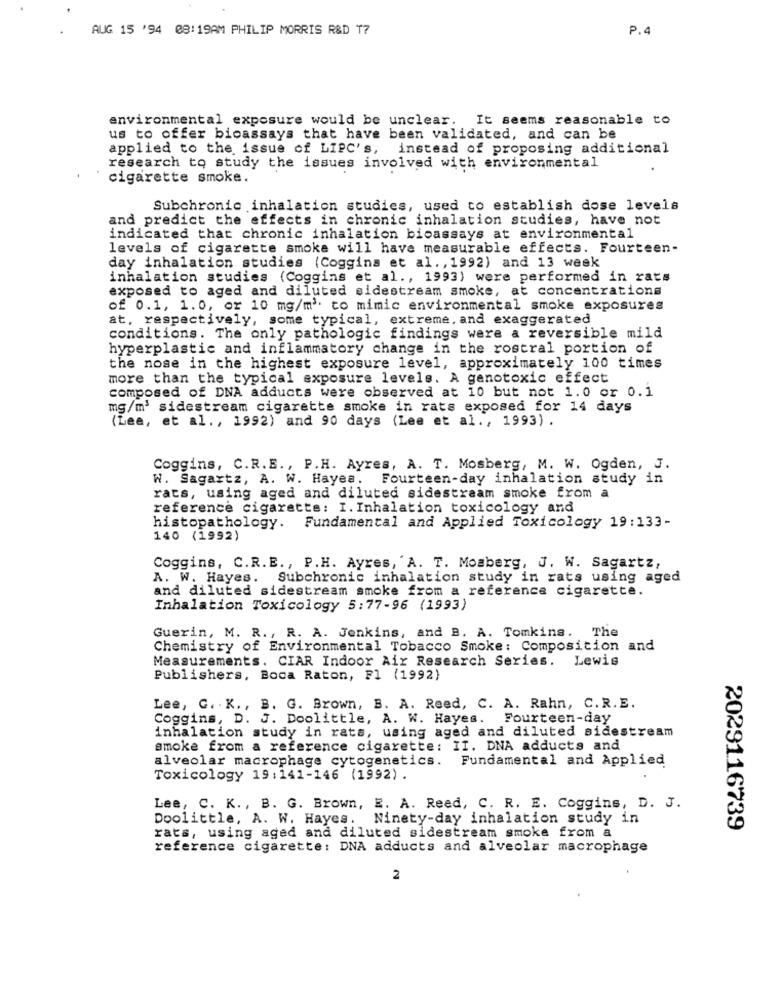
AUG 15 '94 08:19AM PHILIP MORRIS R&D T7
P.4
environmental exposure would be unclear. It seems reasonable to
us to offer bicassays that have been validated, and can be
applied to the issue of LIPC's, instead of proposing additional
research to study the issues involved with environmental
cigarette smoke.
Subchronic inhalation studies, used to establish dose levels
and predict the effects in chronic inhalation studies, have not
indicated that chronic inhalation bioassays at environmental
levels of cigarette smoke will have measurable effects. Fourteen-
day inhalation studies (Coggins et al ., 1992) and 13 week
inhalation studies (Coggins et al ., 1993) were performed in rats
exposed to aged and diluted sidestream smoke, at concentrations
of 0.1, 1.0, or 10 mg/m3 to mimic environmental smoke exposures
at, respectively, some typical, extreme, and exaggerated
conditions. The only pathologic findings were a reversible mild
hyperplastic and inflammatory change in the rostral portion of
the nose in the highest exposure level, approximately 100 times
more than the typical exposure levels. A genotoxic effect
composed of DNA adducts were observed at 10 but not 1.0 or 0.1
mg/m' sidestream cigarette smoke in rats exposed for 14 days
(Lee, et al ., 1992) and 90 days (Lee et al ., 1993).
Coggins, C.R.B ., P.H. Ayres, A. T. Mosberg, M. W. Ogden, J.
W. Sagartz, A. W. Hayea. Fourteen-day inhalation study in
rats, using aged and diluted sidestream smoke from a
reference cigarette: I. Inhalation toxicology and
histopathology. Fundamental and Applied Toxicology 19:133-
140 (1992)
Coggins, C.R.E ., P.H. Ayres, 'A. T. Mosberg, J. W. Sagartz,
A. W. Hayes. Subchronic inhalation study in rats using aged
and diluted sidestream smoke from a reference cigarette.
Inhalation Toxicology 5:77-96 (1993)
Guerin, M. R ., R. A. Jenkins, and B. A. Tomkins. The
Chemistry of Environmental Tobacco Smoke: Composition and
Measurements. CIAR Indoor Air Research Series. Lewis
Publishers, Boca Raton, Fl (1992)
Lee, G. K ., B. G. Brown, B. A. Reed, C. A. Rahn, C.R.E.
Coggins, D. J. Doolittle, A. W. Hayes. Fourteen-day
inhalation study in rats, using aged and diluted sidestream
smoke from a reference cigarette: II. DNA adducts and
alveolar macrophage cytogenetics. Fundamental and Applied
Toxicology 19:141-146 (1992).
Lee, C. K ., B. G. Brown, E. A. Reed, C. R. E. Coggins, D. J.
Doolittle, A. W. Hayes. Ninety-day inhalation study in
rats, using aged and diluted sidestream smoke from a
2029116739
reference cigarette: DNA adducts and alveolar macrophage
2